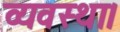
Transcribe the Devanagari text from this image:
व्‍यवस्‍था।